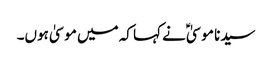
سیدنا موسیٰؑ نے کہا کہ میں موسیٰ ہوں۔